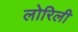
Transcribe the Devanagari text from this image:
लोरिली